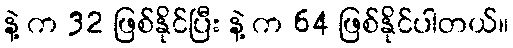
နဲ့ က 32 ဖြစ်နိုင်ပြီး နဲ့ က 64 ဖြစ်နိုင်ပါတယ်။